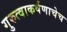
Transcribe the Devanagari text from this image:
गुरुत्वाकर्षणाचेच